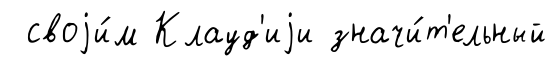
своjи́м Клауд'иjи значи́т'ельный